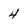
Character: 4